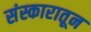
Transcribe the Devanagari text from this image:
संस्कारातून